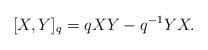
LaTeX: \begin{align*}[X,Y]_q=q XY - q^{-1}YX.\end{align*}